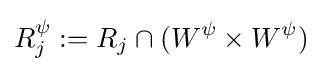
R_{j}^{\psi }:=R_{j}\cap (W^{\psi }\times W^{\psi })